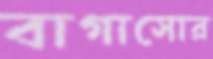
বাগাসোর